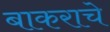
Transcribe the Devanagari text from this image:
बाकराचे